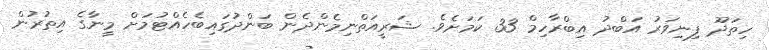
ހިތަދޫ ފިނިވަރު އަބްދު އިބްރާހިމް 33 ކަމަށެވެ. ޝަރީއަތްނިމެންދެން ބަންދުގައިބެހެއްޓުމަށް މީނާގެ އިތުރުން